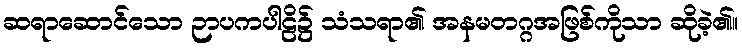
ဆရာဆောင်သော ဉာပကပါဠိ၌ သံသရာ၏ အနမတဂ္ဂအဖြစ်ကိုသာ ဆိုခဲ့၏။